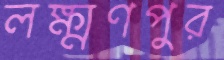
লক্ষ্মণপুর